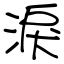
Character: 淚